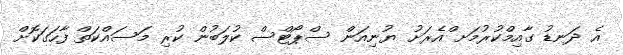
އެ ދަނޑު ގާއިމްކުރުމަށ ްއެރަށު ޔުނިއަން ސްޕޯޓްސް ކުލަބުން ކުރި މަސައްކަތް ފާހަގަކޮށް